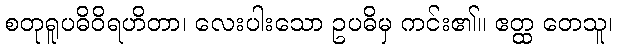
စတုရူပဓိဝိရဟိတာ၊ လေးပါးသော ဥပဓိမှ ကင်း၏။ ဧတ္ထ တေသူ၊